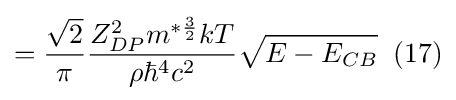
={\frac {\sqrt {2}}{\pi }}{\frac {Z_{DP}^{2}m^{*{\frac {3}{2}}}kT}{\rho \hbar ^{4}c^{2}}}{\sqrt {E-E_{CB}}}\;\;(17)